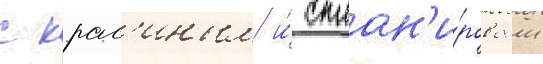
с крас'иным и́ сплан'и́ровал